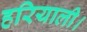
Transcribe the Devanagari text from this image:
हरियाली।